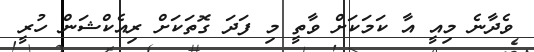
ވެދާނެ މިއީ އާ ކަމަކަށް ވާތީ މި ފަދަ ގޮތަކަށް ރިއެކްޝަން ހުރީ